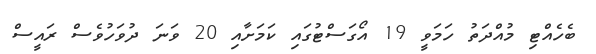
ބެހެއްޓި މުއްދަތު ހަމަވީ 19 އޯގަސްޓުގައި ކަމަށާއި 20 ވަނަ ދުވަހުވެސް ރައީސް